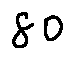
8 0